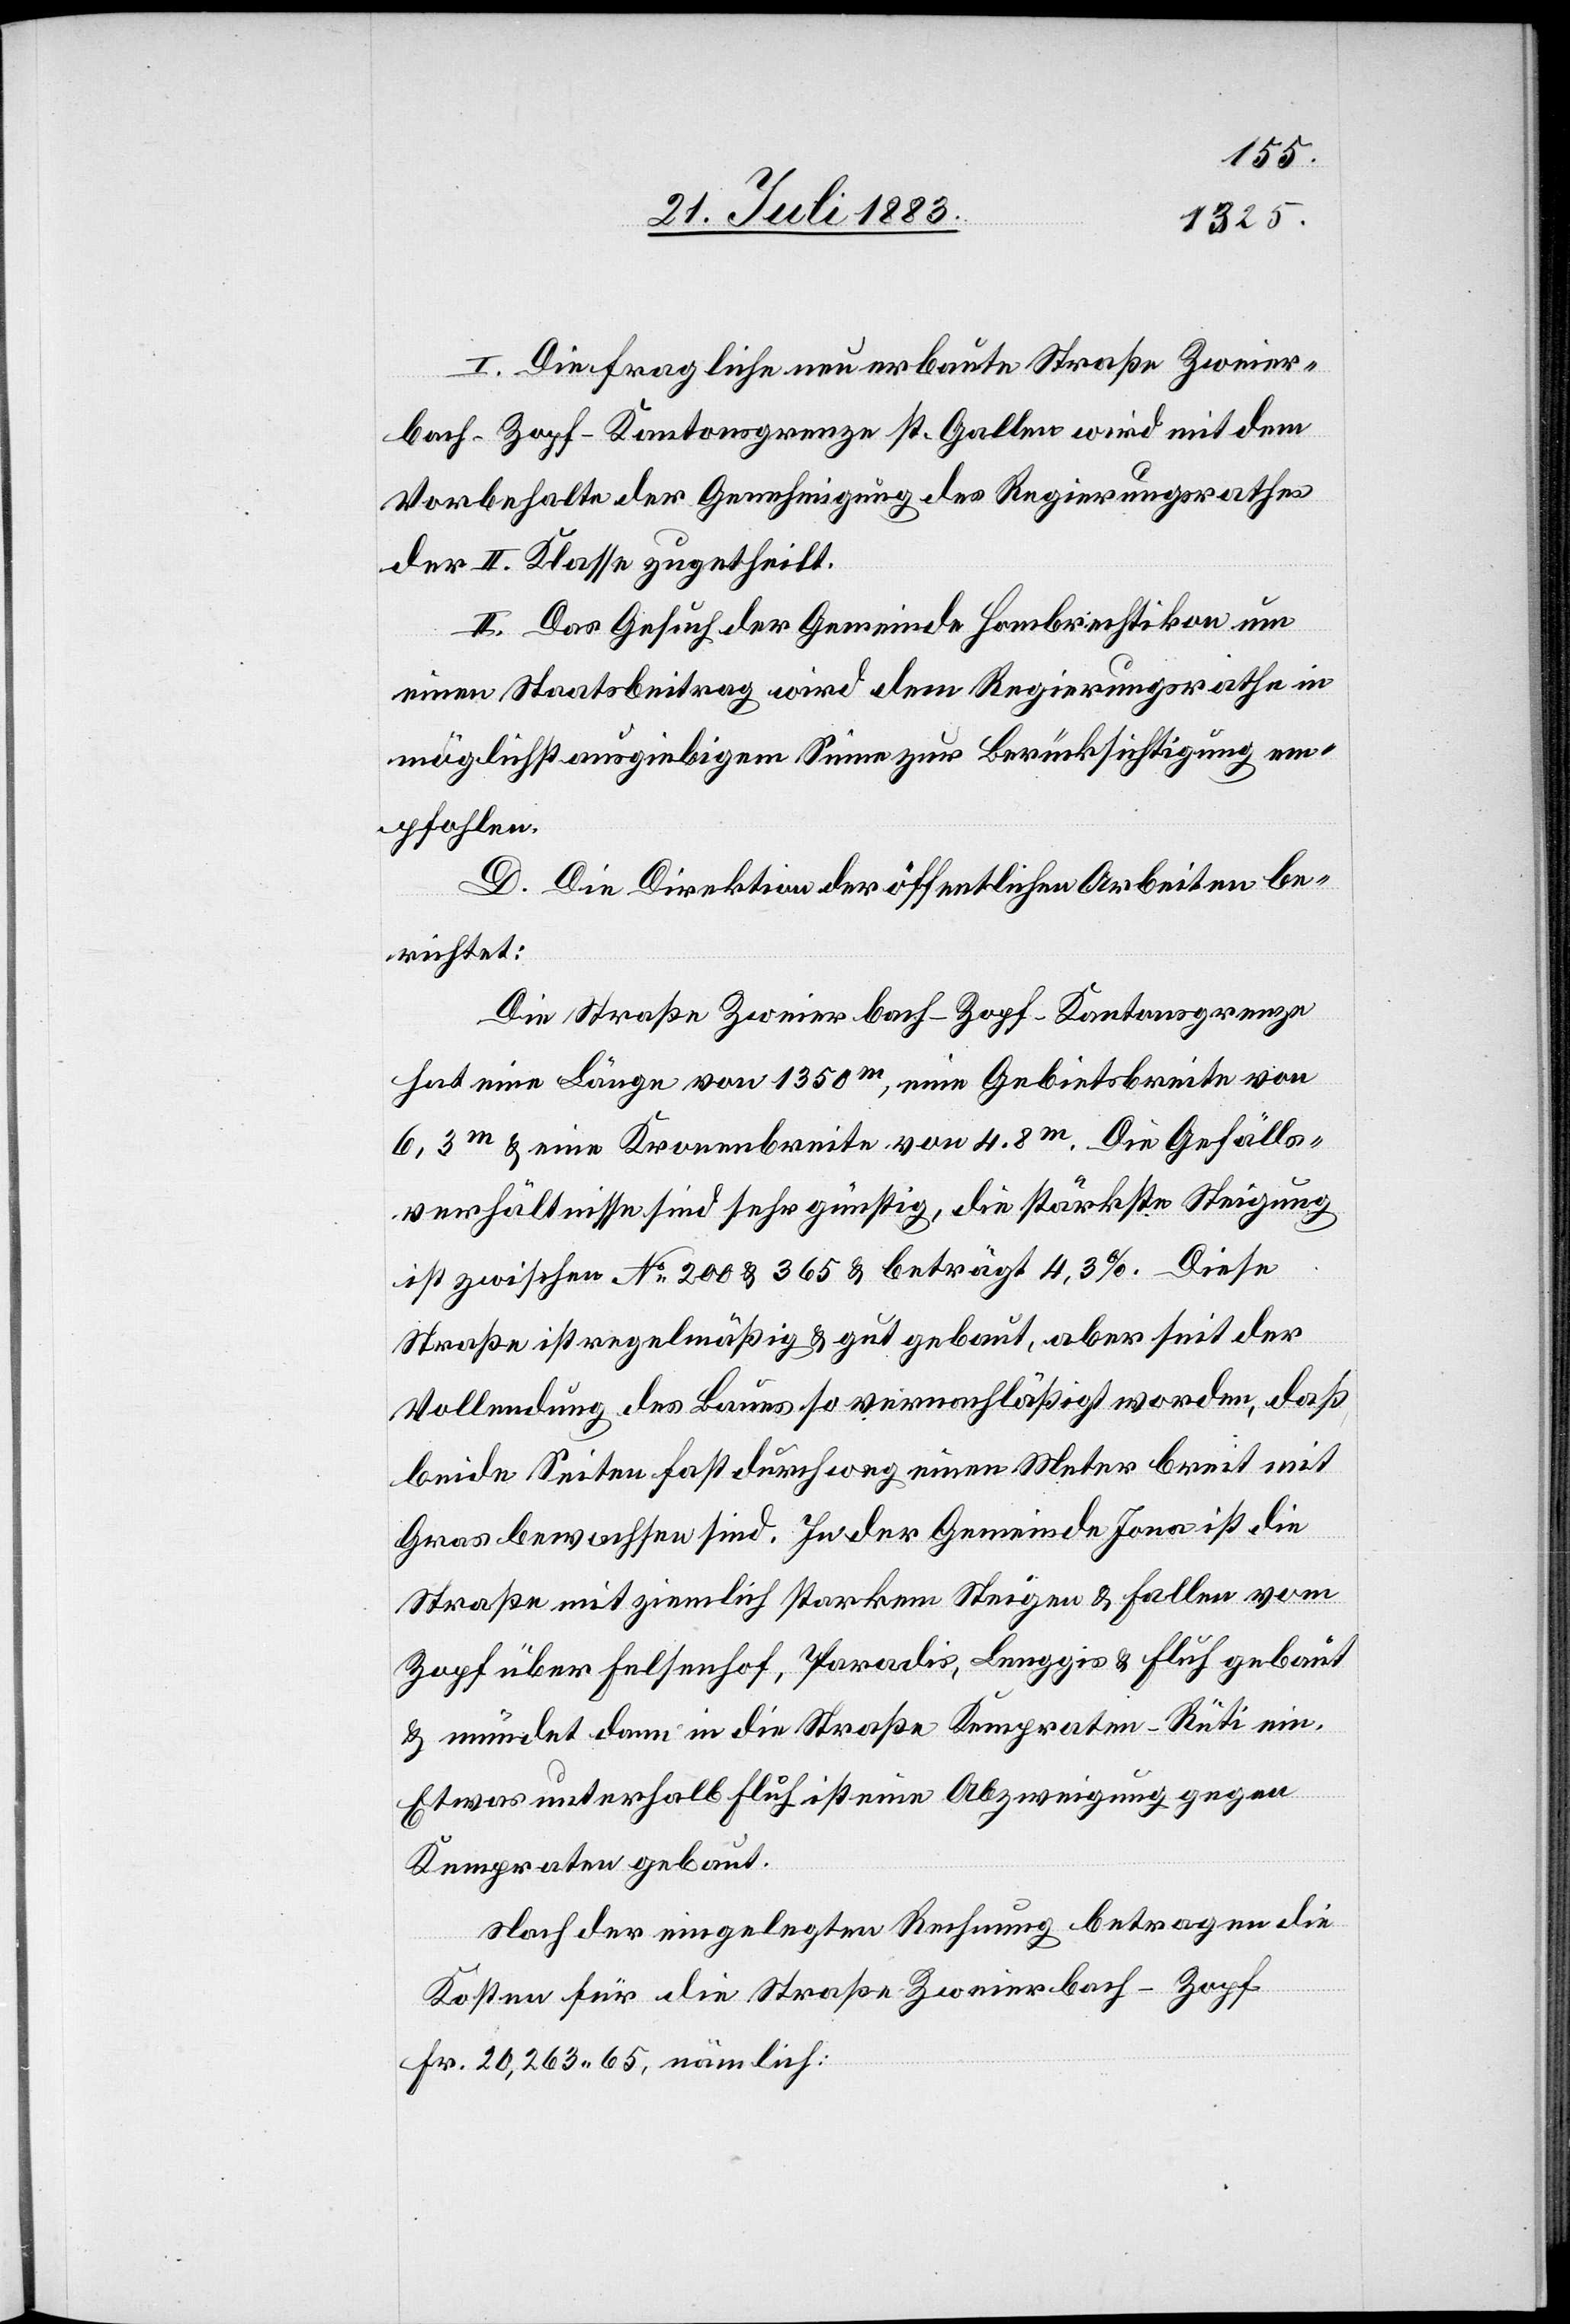
I. Die fragliche neu erbaute Straße Zweier¬
bach–Zopf–Kantonsgrenze St. Gallen wird mit dem
Vorbehalte der Genehmigung des Regierungsrathes
der II. Klasse zugetheilt.
II. Das Gesuch der Gemeinde Hombrechtikon um
einen Staatsbeitrag wird dem Regierungsrathe in
möglichst ausgiebigem Sinne zur Berücksichtigung em¬
pfohlen.
D. Die Direktion der öffentlichen Arbeiten be¬
richtet:
Die Straße Zweierbach–Zopf–Kantonsgrenze
hat eine Länge von 1350m, eine Gebietsbreite von
6,3m & eine Kronenbreite von 4,8m. Die Gefälls¬
verhältnisse sind sehr günstig, die stärkste Steigung
ist zwischen No 200 & 365 & beträgt 4,3%. Diese
Straße ist regelmäßig & gut gebaut, aber seit der
Vollendung des Baues so vernachläßigt worden, daß
beide Seiten fast durchweg einen Meter breit mit
Gras bewachsen sind. In der Gemeinde Jona ist die
Straße mit ziemlich starkem Steigen & Fallen vom
Zopf über Felsenhof, Paradis [sic!], Lenggis & Fluh gebaut
& mündet dann in die Straße Kempraten–Rüti ein,
etwas unterhalb Fluh ist eine Abzweigung gegen
Kempraten gebaut.
Nach der eingeholten Rechnung betragen die
Kosten für die Straße Zweierbach–Zopf
Fr. 20,263 65, nämlich: